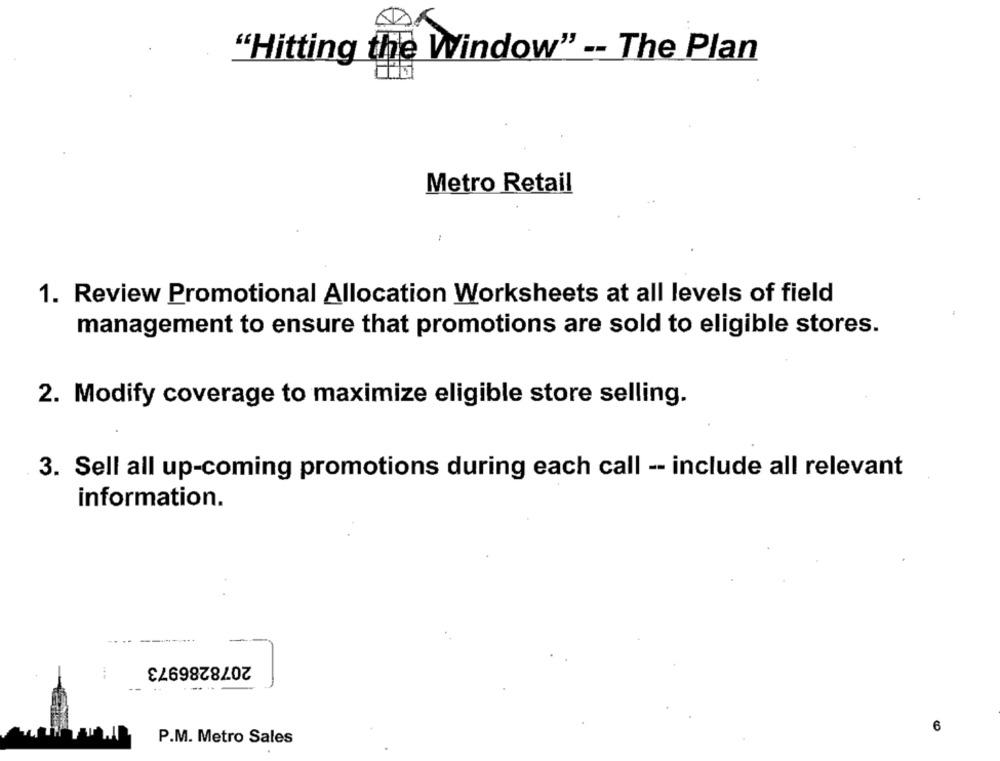
"Hitting the Window" -- The Plan
Metro Retail
1. Review Promotional Allocation Worksheets at all levels of field
management to ensure that promotions are sold to eligible stores.
2. Modify coverage to maximize eligible store selling.
3. Sell all up-coming promotions during each call -- include all relevant
information.
2078286973
6
P.M. Metro Sales